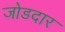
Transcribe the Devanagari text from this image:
जोडदार